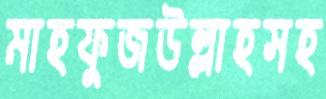
মাহফুজউল্লাহসহ